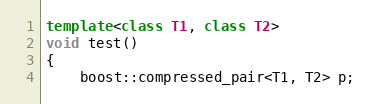
Language: C++
template<class T1, class T2>
void test()
{
    boost::compressed_pair<T1, T2> p;